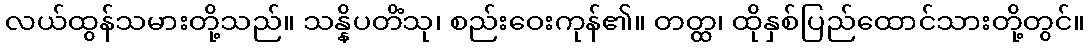
လယ်ထွန်သမားတို့သည်။ သန္နိပတိံသု၊ စည်းဝေးကုန်၏။ တတ္ထ၊ ထိုနှစ်ပြည်ထောင်သားတို့တွင်။